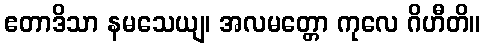
ဧတာဒိသာ နမသေယျ၊ အလမတ္တော ကုလေ ဂိဟီတိ။